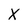
Character: x